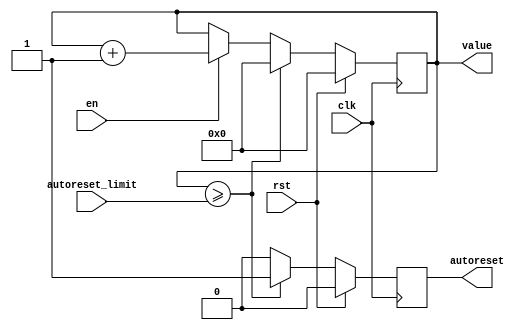
module counter_W_autoreset_mark1(input wire clk,
											input wire rst,
											input wire en,
											input wire [7:0] autoreset_limit,
											output reg autoreset,
											output reg [7:0]value);

always @(posedge clk)
begin
	if(rst==1) // reset triggered
		begin
			value<=0;
			autoreset<=0;
		end
	else
		begin
			if(value>=autoreset_limit) // valoarea depaseste limita de autoreset
				begin
					value<=0;
					autoreset<=1;
				end
			else
				begin
					if(en==1) // enable triggered
						begin
							value<=value+1;
							autoreset<=0;
						end
					else 
						begin	
							value<=value;	// aici e pauza, nu face nimic
							autoreset<=0;
						end
				end
		end
end
endmodule